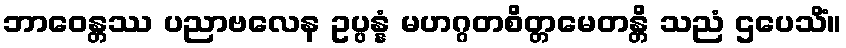
ဘာဝေန္တဿ ပညာဗလေန ဥပ္ပန္နံ မဟဂ္ဂတစိတ္တမေတန္တိ သညံ ဌပေသိံ။